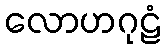
လောဟဂုဠံ